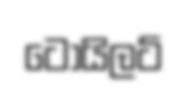
ටොයිලට්